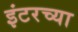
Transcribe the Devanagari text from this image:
इंटरच्या